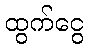
ထွက်ငွေ